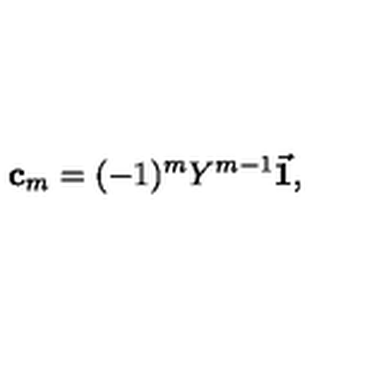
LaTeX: { \bf c } _ { m } = ( - 1 ) ^ { m } Y ^ { m - 1 } { \vec { \bf 1 } } , \label c